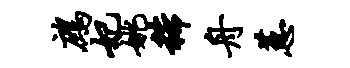
鹧妃姚稀舟蕙